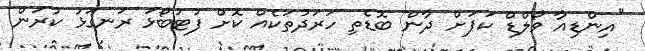
"އިންޑިއާ ވޯލްޑް ކަޕަށް ދާން ބޮޑެތި ހަރަދުތަކެއް ކޮށް ފުޓުބޯޅަ ރަނގަޅު ކުރަން